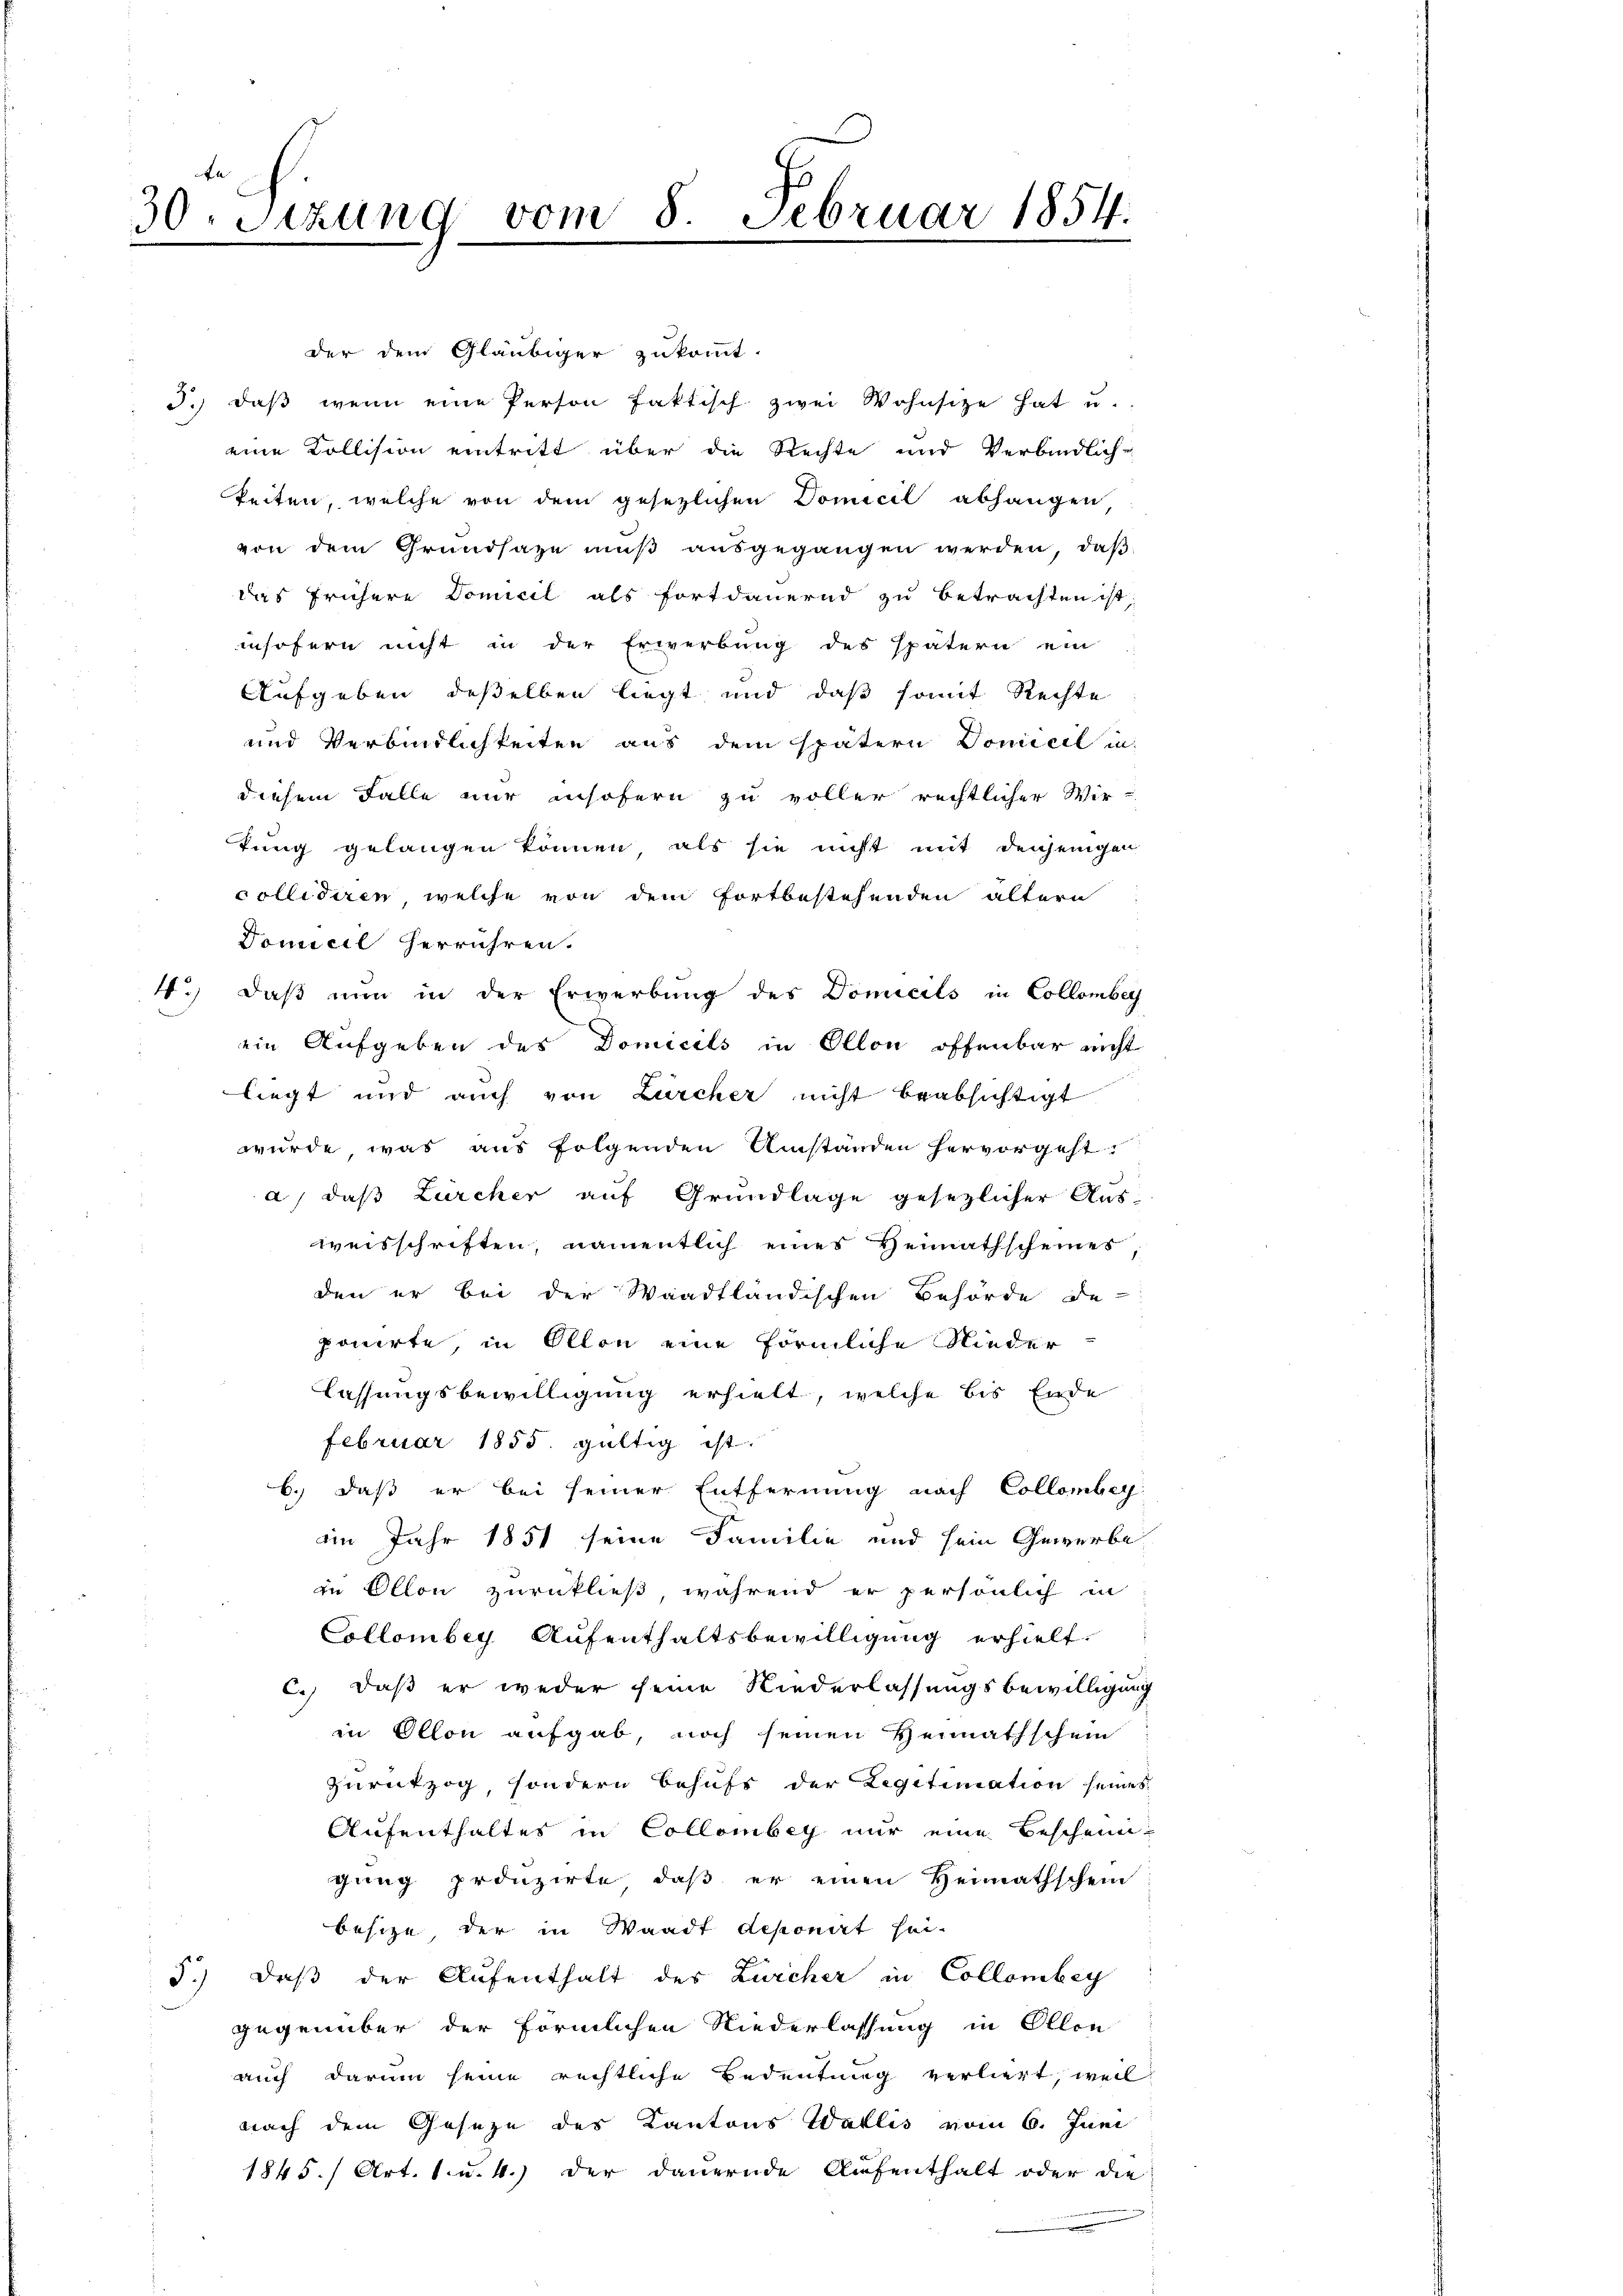
30. Sizung vom 8. Februar 1854.

der dem Gläubiger zukommt.
3.) daβ wenn eine Person faktisch zwei Wohnsite hat u.
eine Kollision eintritt über die Rechte und Verbindlich-
keiten, welche von dem gesezlichen Domicil abhangen
von dem Grundsaze muß ausgegangen werden, daß
das frühere Domicil als fortdauernd zu betrachten ist
insofern nicht in der Erwerbung des spätern ein
Aufgeben deßelben liegt und daß somit Rechte
und Verbindlichkeiten aus dem spätern Domicil in
diesem Falle nur insofern zu voller rechtlicher Wir-
tung gelangen können, als sie nicht mit denjenigen
collidiren, welche von dem fortbestehenden ältern
Domicil herrühren.
4.) Daß nun in der Erwerbung des Domicils in Collomber
ein Aufgeben des Domicils in Ollon offenbar nicht
liegt und auch von Zürcher nicht beabsichtigt
wurde, was aus folgenden Umständen hervorgeht.
a) daß Zürcher auf Grundlage gesezlicher Ausweisschriften, namentlich eines Hennathscheines,
den er bei der Waadtländischen Behörde de
ponirte, in Ollon eine förmliche Nieder
lassungsbewilligung erhielt, welche bis Ende
Februar 1855 gültig ist.
6.) daß er bei seiner Entfernung nach Collombey
am Jahr 1851 seine Familie und sein Gewerbe
in Ollon zurückließ, während er persönlich in
Collombey Aufenthaltsbewilligung erhielt.
c.) daß er weder seine Niederlassungsbewilligung
in Ollon aufgab, noch seinen Heimathschein
Zurückzog, sondern behufs der Legitimation seines
Aufenthaltes in Collombey nur eine Beschein-
gung prouzirte, daß er einen Heimathschein
besize der in Waadt deponirt hei-
3.) Daß der Aufenthalt der Zwicher in Collombey
gegenüber der förmlichen Niederlassung in Ollon
auch darum seine rechtliche Bedeutung verliegt, weil
nach dem Geseze des Kantons Wallis vom 6. Juni
1845. / Art. 1. u. 4.) der dauernde Aufenthalt oder die